Peeter_Aleksander_Speek, lk 20
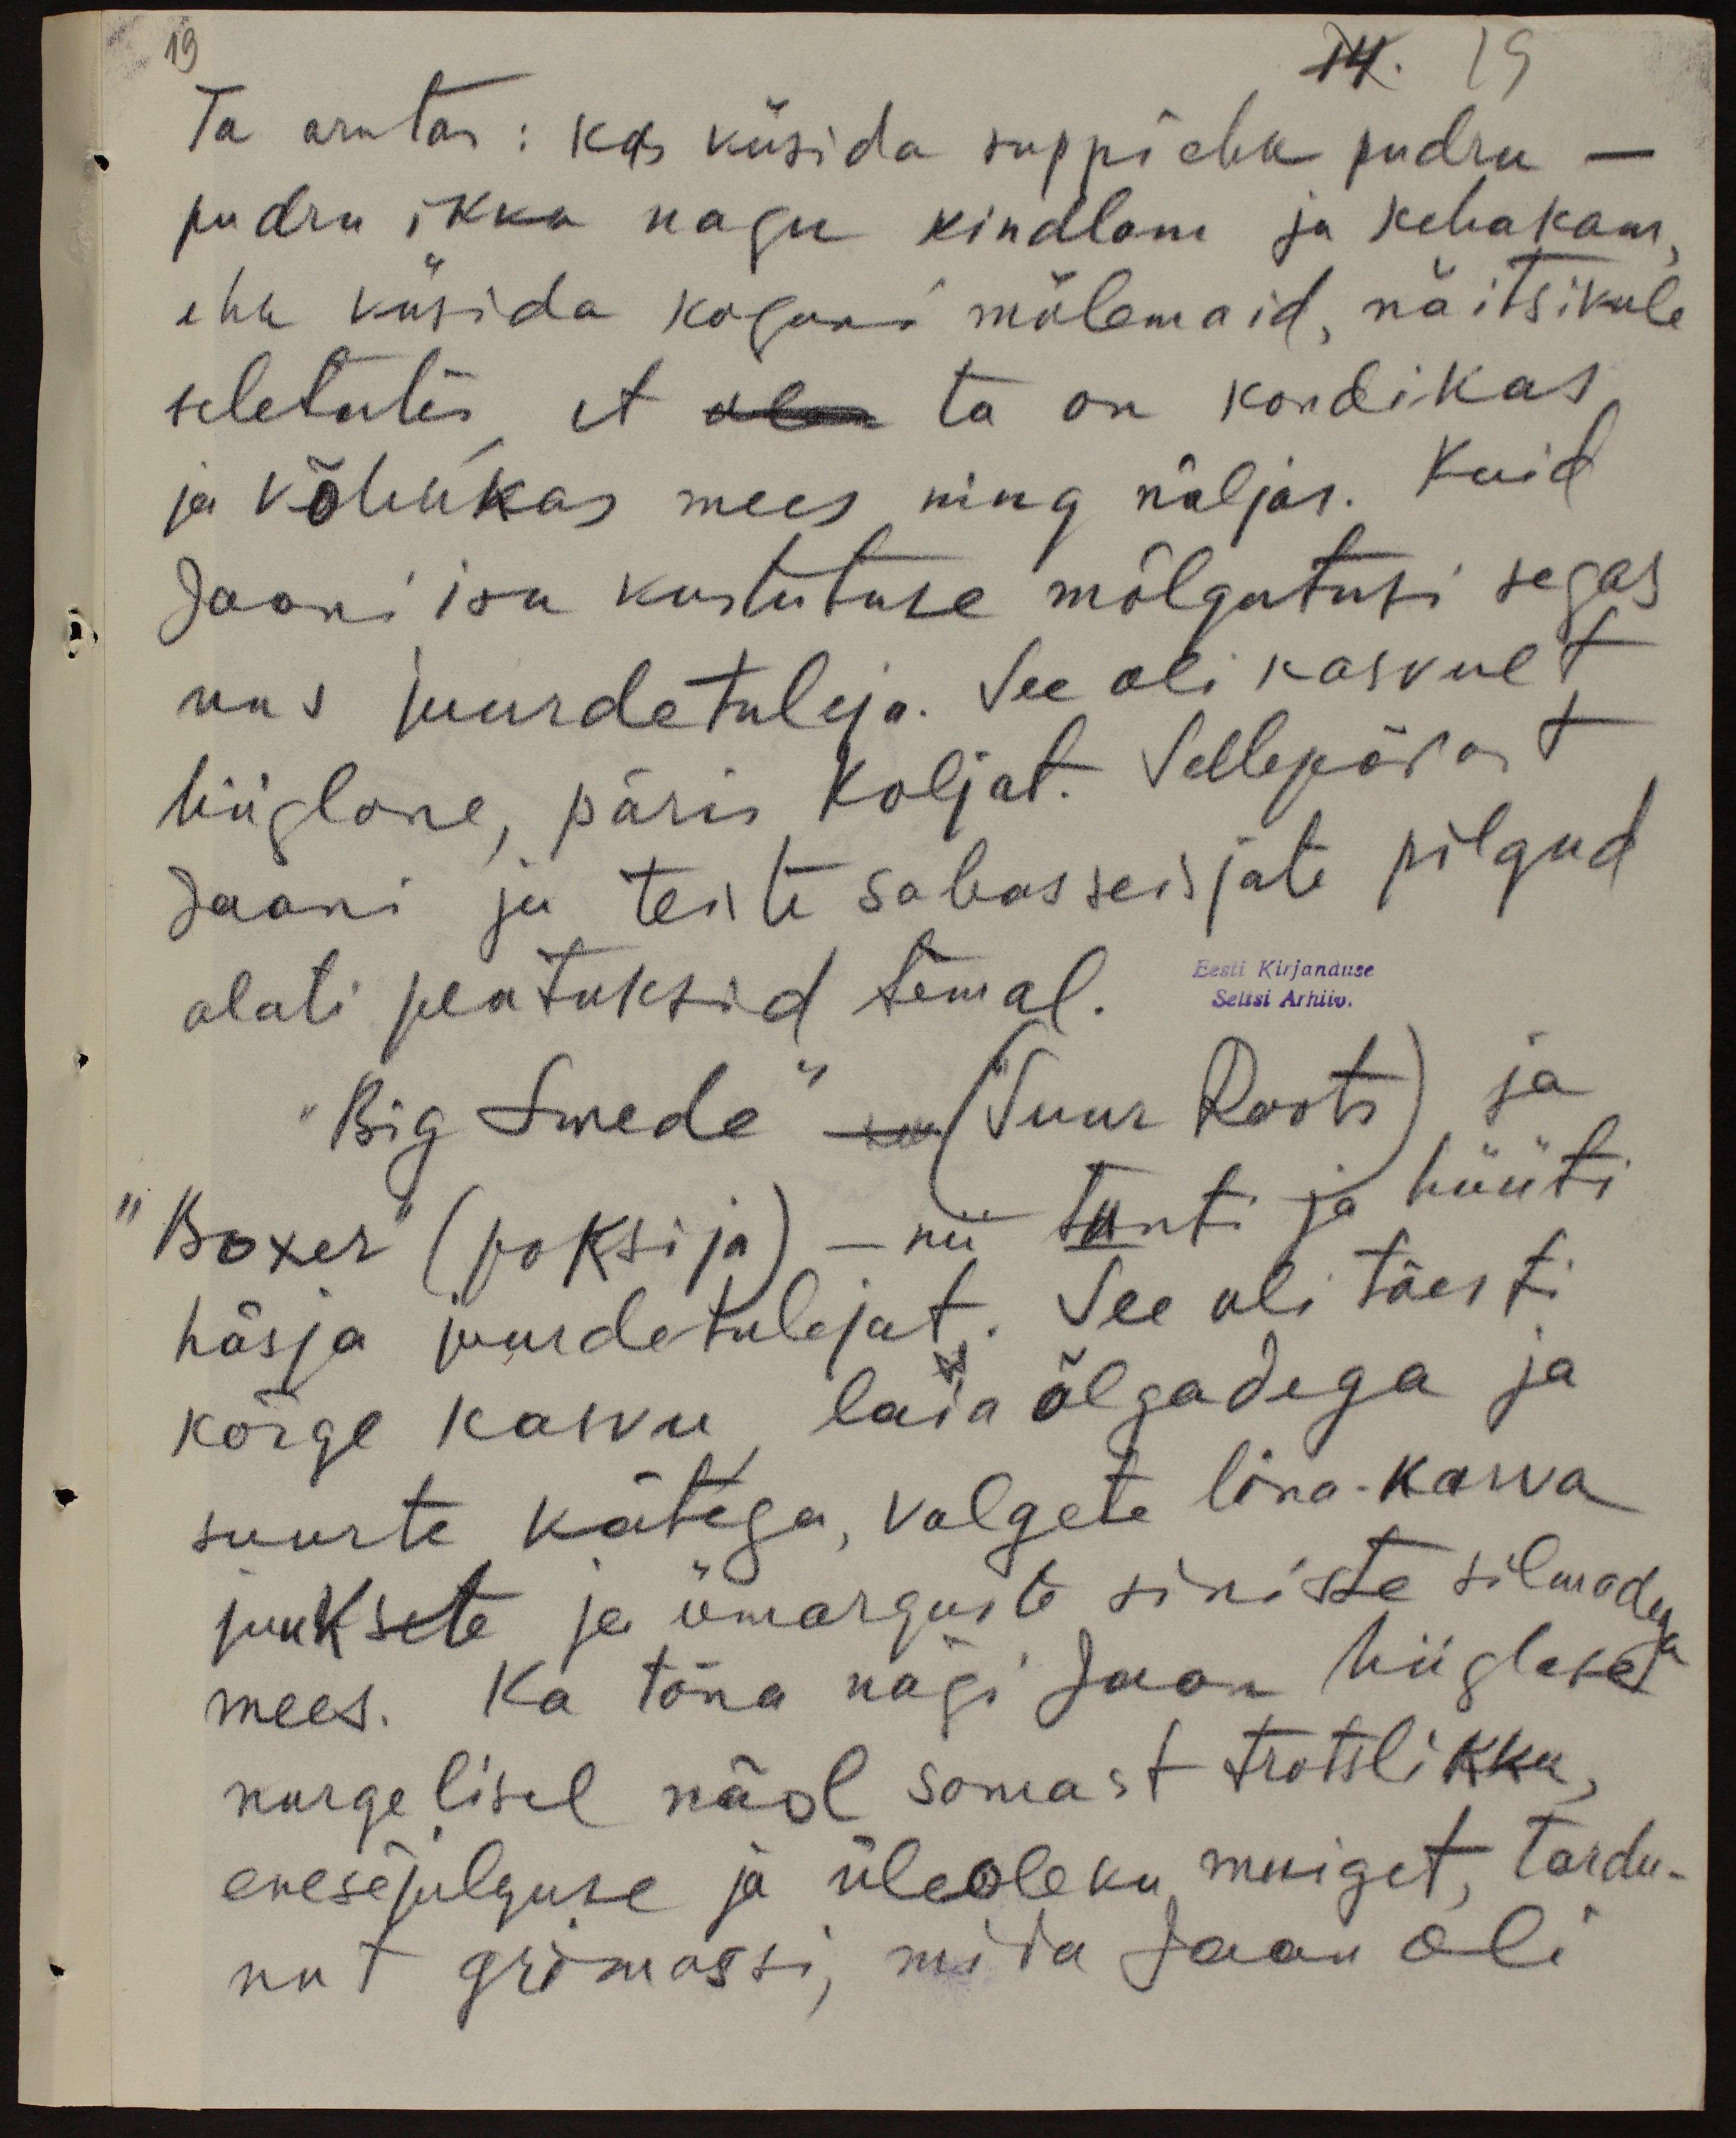
19
14. 19
Ta arutas: kas küsida suppi ehk pudru -
pudru ikka nagu kindlam ja kehakam,
ehk küsida koguni mõlemaid, näitsikule
seletates, et olen ta on kondikas
ja kõhukas mees ning näljas. Kuid
Jaani isa kustutuse mõlgutusi segas
uus juurde tuleja. See oli kasvult
hiiglane, päris Koljat. Sellepärast
Jaani ju teiste sabas seisjate pilgud,
alati peatuksid temal.
Eesti Kirjanduse
Seltsi Arhiiv.
"Big Swede" - (Suur Roots) ja
"Boxer" (poksija) - nii tunti ja hüüti
häsja juurdetulejat. See oli tõesti
kõrge kasvu, laia õlgadega ja
suurte kätega, valgete lina-karva
juuksete ja ümarguste siniste silmadega
mees. Ka täna nägi Jaan hiiglast
nurgelisel näol sarnast trotslikku,
enesõpulguse ja üleoleku muiget, tardu-
nut grimassi, mida Jaan oli